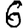
Digit: 6